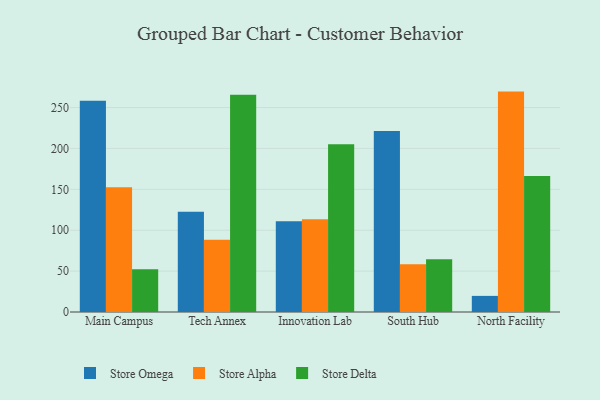
{"axis": {"x": "Campus", "y": "Revenue (USD Million)"}, "legend": ["Store Alpha", "Store Delta", "Store Omega"], "data": [{"x": "Main Campus", "y": 258.3, "type": "Store Omega"}, {"x": "Main Campus", "y": 152.6, "type": "Store Alpha"}, {"x": "Main Campus", "y": 52.3, "type": "Store Delta"}, {"x": "Tech Annex", "y": 122.7, "type": "Store Omega"}, {"x": "Tech Annex", "y": 88.2, "type": "Store Alpha"}, {"x": "Tech Annex", "y": 265.5, "type": "Store Delta"}, {"x": "Innovation Lab", "y": 110.9, "type": "Store Omega"}, {"x": "Innovation Lab", "y": 113.3, "type": "Store Alpha"}, {"x": "Innovation Lab", "y": 205.2, "type": "Store Delta"}, {"x": "South Hub", "y": 221.3, "type": "Store Omega"}, {"x": "South Hub", "y": 58.5, "type": "Store Alpha"}, {"x": "South Hub", "y": 64.5, "type": "Store Delta"}, {"x": "North Facility", "y": 19.7, "type": "Store Omega"}, {"x": "North Facility", "y": 269.5, "type": "Store Alpha"}, {"x": "North Facility", "y": 166.3, "type": "Store Delta"}]}